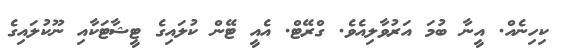
ކިހިނެއް. އީނާ ބުމަ އަރުވާލިއެވެ. ގްރޭޓް. އެއީ ޓޭން ކުލައިގެ ޓީޝާޓަކާއި ނޫކުލައިގެ